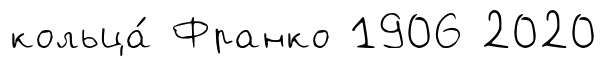
кольца́ Франко 1906 2020